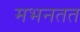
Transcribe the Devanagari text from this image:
मभनतत